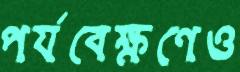
পর্যবেক্ষণেও